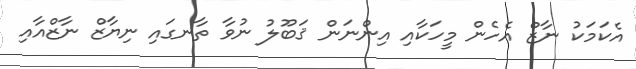
އެކަމަކު ނާޒް އެހެން މީހަކާއި އިންނަން ޤަބޫލު ނުވާ ތާނގައި ނިޔާޒް ނާޒްއާއި